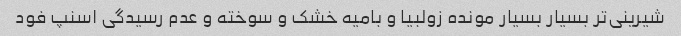
شیرینی‌تر بسیار بسیار مونده زولبیا و بامیه خشک و سوخته و عدم رسیدگی اسنپ فود